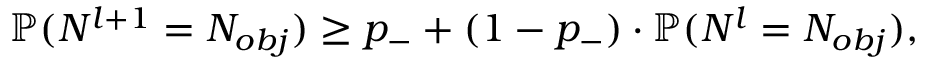
\mathbb { P } ( N ^ { l + 1 } = N _ { o b j } ) \ge p _ { - } + ( 1 - p _ { - } ) \cdot \mathbb { P } ( N ^ { l } = N _ { o b j } ) ,